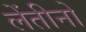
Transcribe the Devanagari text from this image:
लेंतीनो